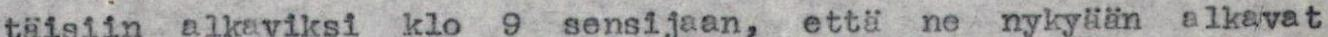
täisiin alkaviksi klo 9 sensijaan, että ne nykyään alkavat